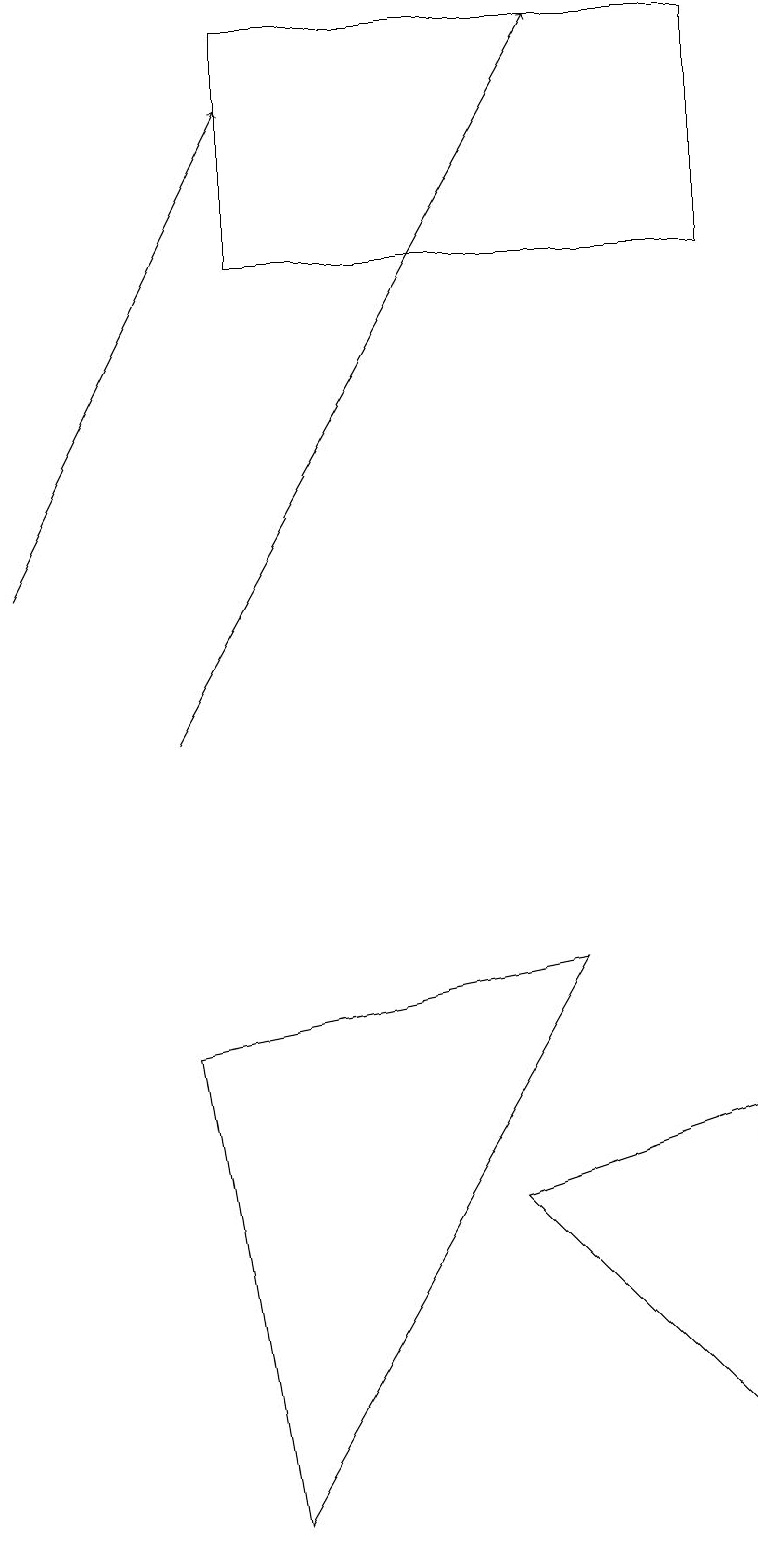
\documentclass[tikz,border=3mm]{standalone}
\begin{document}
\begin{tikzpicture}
\draw (3,0) -- (2,6) -- (7,7) -- cycle;
\draw[->] (0,12) -- (3,18);
\draw (9,16) rectangle (3,19);
\draw (9,5) -- (6,4) -- (9,1) -- cycle;
\draw[->] (2,10) -- (7,19);
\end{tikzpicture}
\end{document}